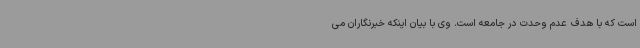
است که با هدف عدم وحدت در جامعه است. وی با بیان اینکه خبرنگاران می